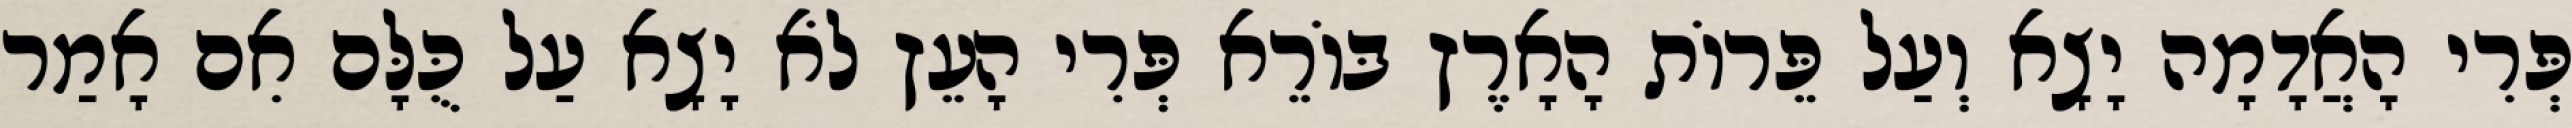
פְּרִי הָאֲדָמָה יָצָא וְעַל פֵּרוֹת הָאָרֶץ בּוֹרֵא פְּרִי הָעֵץ לֹא יָצָא עַל כֻּלָּם אִם אָמַר